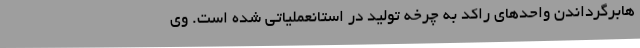
هابرگرداندن واحدهای راکد به چرخه تولید در استانعملیاتی شده است. وی